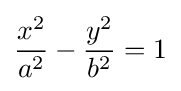
{\frac {x^{2}}{a^{2}}}-{\frac {y^{2}}{b^{2}}}=1